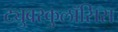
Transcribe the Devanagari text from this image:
ट्युबरकुलॉसिस